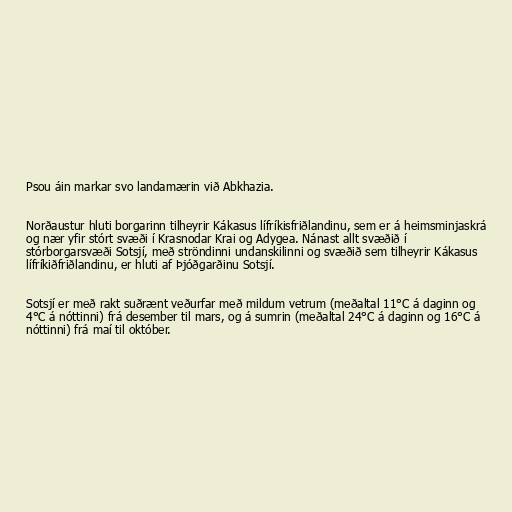
Psou áin markar svo landamærin við Abkhazia.

Norðaustur hluti borgarinn tilheyrir Kákasus lífríkisfriðlandinu, sem er á heimsminjaskrá
og nær yfir stórt svæði í Krasnodar Krai og Adygea. Nánast allt svæðið í
stórborgarsvæði Sotsjí, með ströndinni undanskilinni og svæðið sem tilheyrir Kákasus
lífríkiðfriðlandinu, er hluti af Þjóðgarðinu Sotsjí.

Sotsjí er með rakt suðrænt veðurfar með mildum vetrum (meðaltal 11°C á daginn og
4°C á nóttinni) frá desember til mars, og á sumrin (meðaltal 24°C á daginn og 16°C á
nóttinni) frá maí til október.